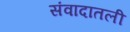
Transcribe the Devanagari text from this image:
संवादातली